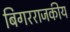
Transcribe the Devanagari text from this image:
बिगरराजकीय